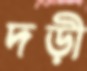
দড়ী